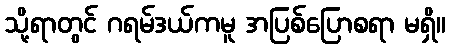
သို့ရာတွင် ဂရမ်ဒယ်ကမူ အပြစ်ပြောစရာ မရှိ။